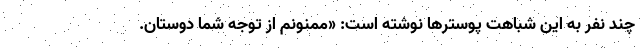
چند نفر به این شباهت پوسترها نوشته است: «ممنونم از توجه شما دوستان.